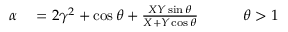
\begin{array} { r l r } { \alpha } & { { } = 2 \gamma ^ { 2 } + \cos \theta + \frac { X Y \sin \theta } { X + Y \cos \theta } \qquad } & { \theta > 1 } \end{array}